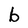
Character: b